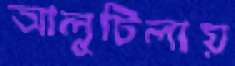
আলুটিলায়